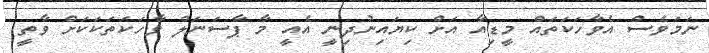
ނަމަވެސް އެވާހަކަތައް މީޑިއާ އަށް ކިޔައިނުދިނީ އެއީ މާ ޕާސަނަލް ވާހަކަތަކަކަށް ވާތީ